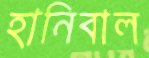
হানিবাল